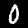
Label: 0